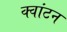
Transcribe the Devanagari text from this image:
क्वांटन